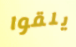
يلقوا